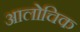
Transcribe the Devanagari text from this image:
आलोचिक